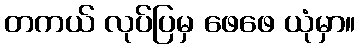
တကယ် လုပ်ပြမှ ဖေဖေ ယုံမှာ။